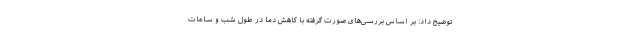
توضیح داد: بر اساس بررسی‌های صورت گرفته با کاهش دما در طول شب و ساعات